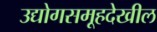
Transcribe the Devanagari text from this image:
उद्योगसमूहदेखील